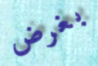
بغرض